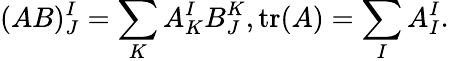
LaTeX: (AB)_{J}^{I}=\sum_{K}A_{K}^{I}B_{J}^{K},\operatorname{tr}(A)=\sum_{I}A_{I}^{I}.